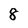
Character: 8